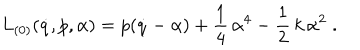
LaTeX: L _ { ( 0 ) } ( \dot { q } , p , \alpha ) = p ( \dot { q } - \alpha ) + \frac 1 4 \, \alpha ^ { 4 } - \frac 1 2 \, k \, \alpha ^ { 2 } \; .